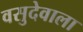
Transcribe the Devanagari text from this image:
वसुदेवाला